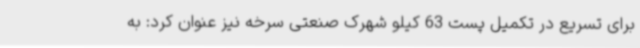
برای تسریع در تکمیل پست 63 کیلو شهرک صنعتی سرخه نیز عنوان کرد: به